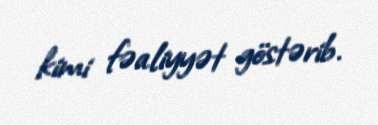
kimi fəaliyyət göstərib.